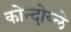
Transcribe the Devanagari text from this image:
कोन्दोय्ले